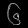
Digit: ၆